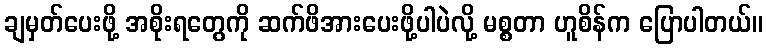
ချမှတ်ပေးဖို့ အစိုးရတွေကို ဆက်ဖိအားပေးဖို့ပါပဲလို့ မစ္စတာ ဟူစိန်က ပြောပါတယ်။